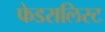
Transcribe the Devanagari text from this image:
फेडरालिस्ट